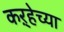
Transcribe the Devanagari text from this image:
कऱ्हेच्या